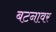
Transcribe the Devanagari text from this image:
बटनावर